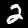
Digit: 2